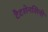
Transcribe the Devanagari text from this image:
टैटशेनशिनी